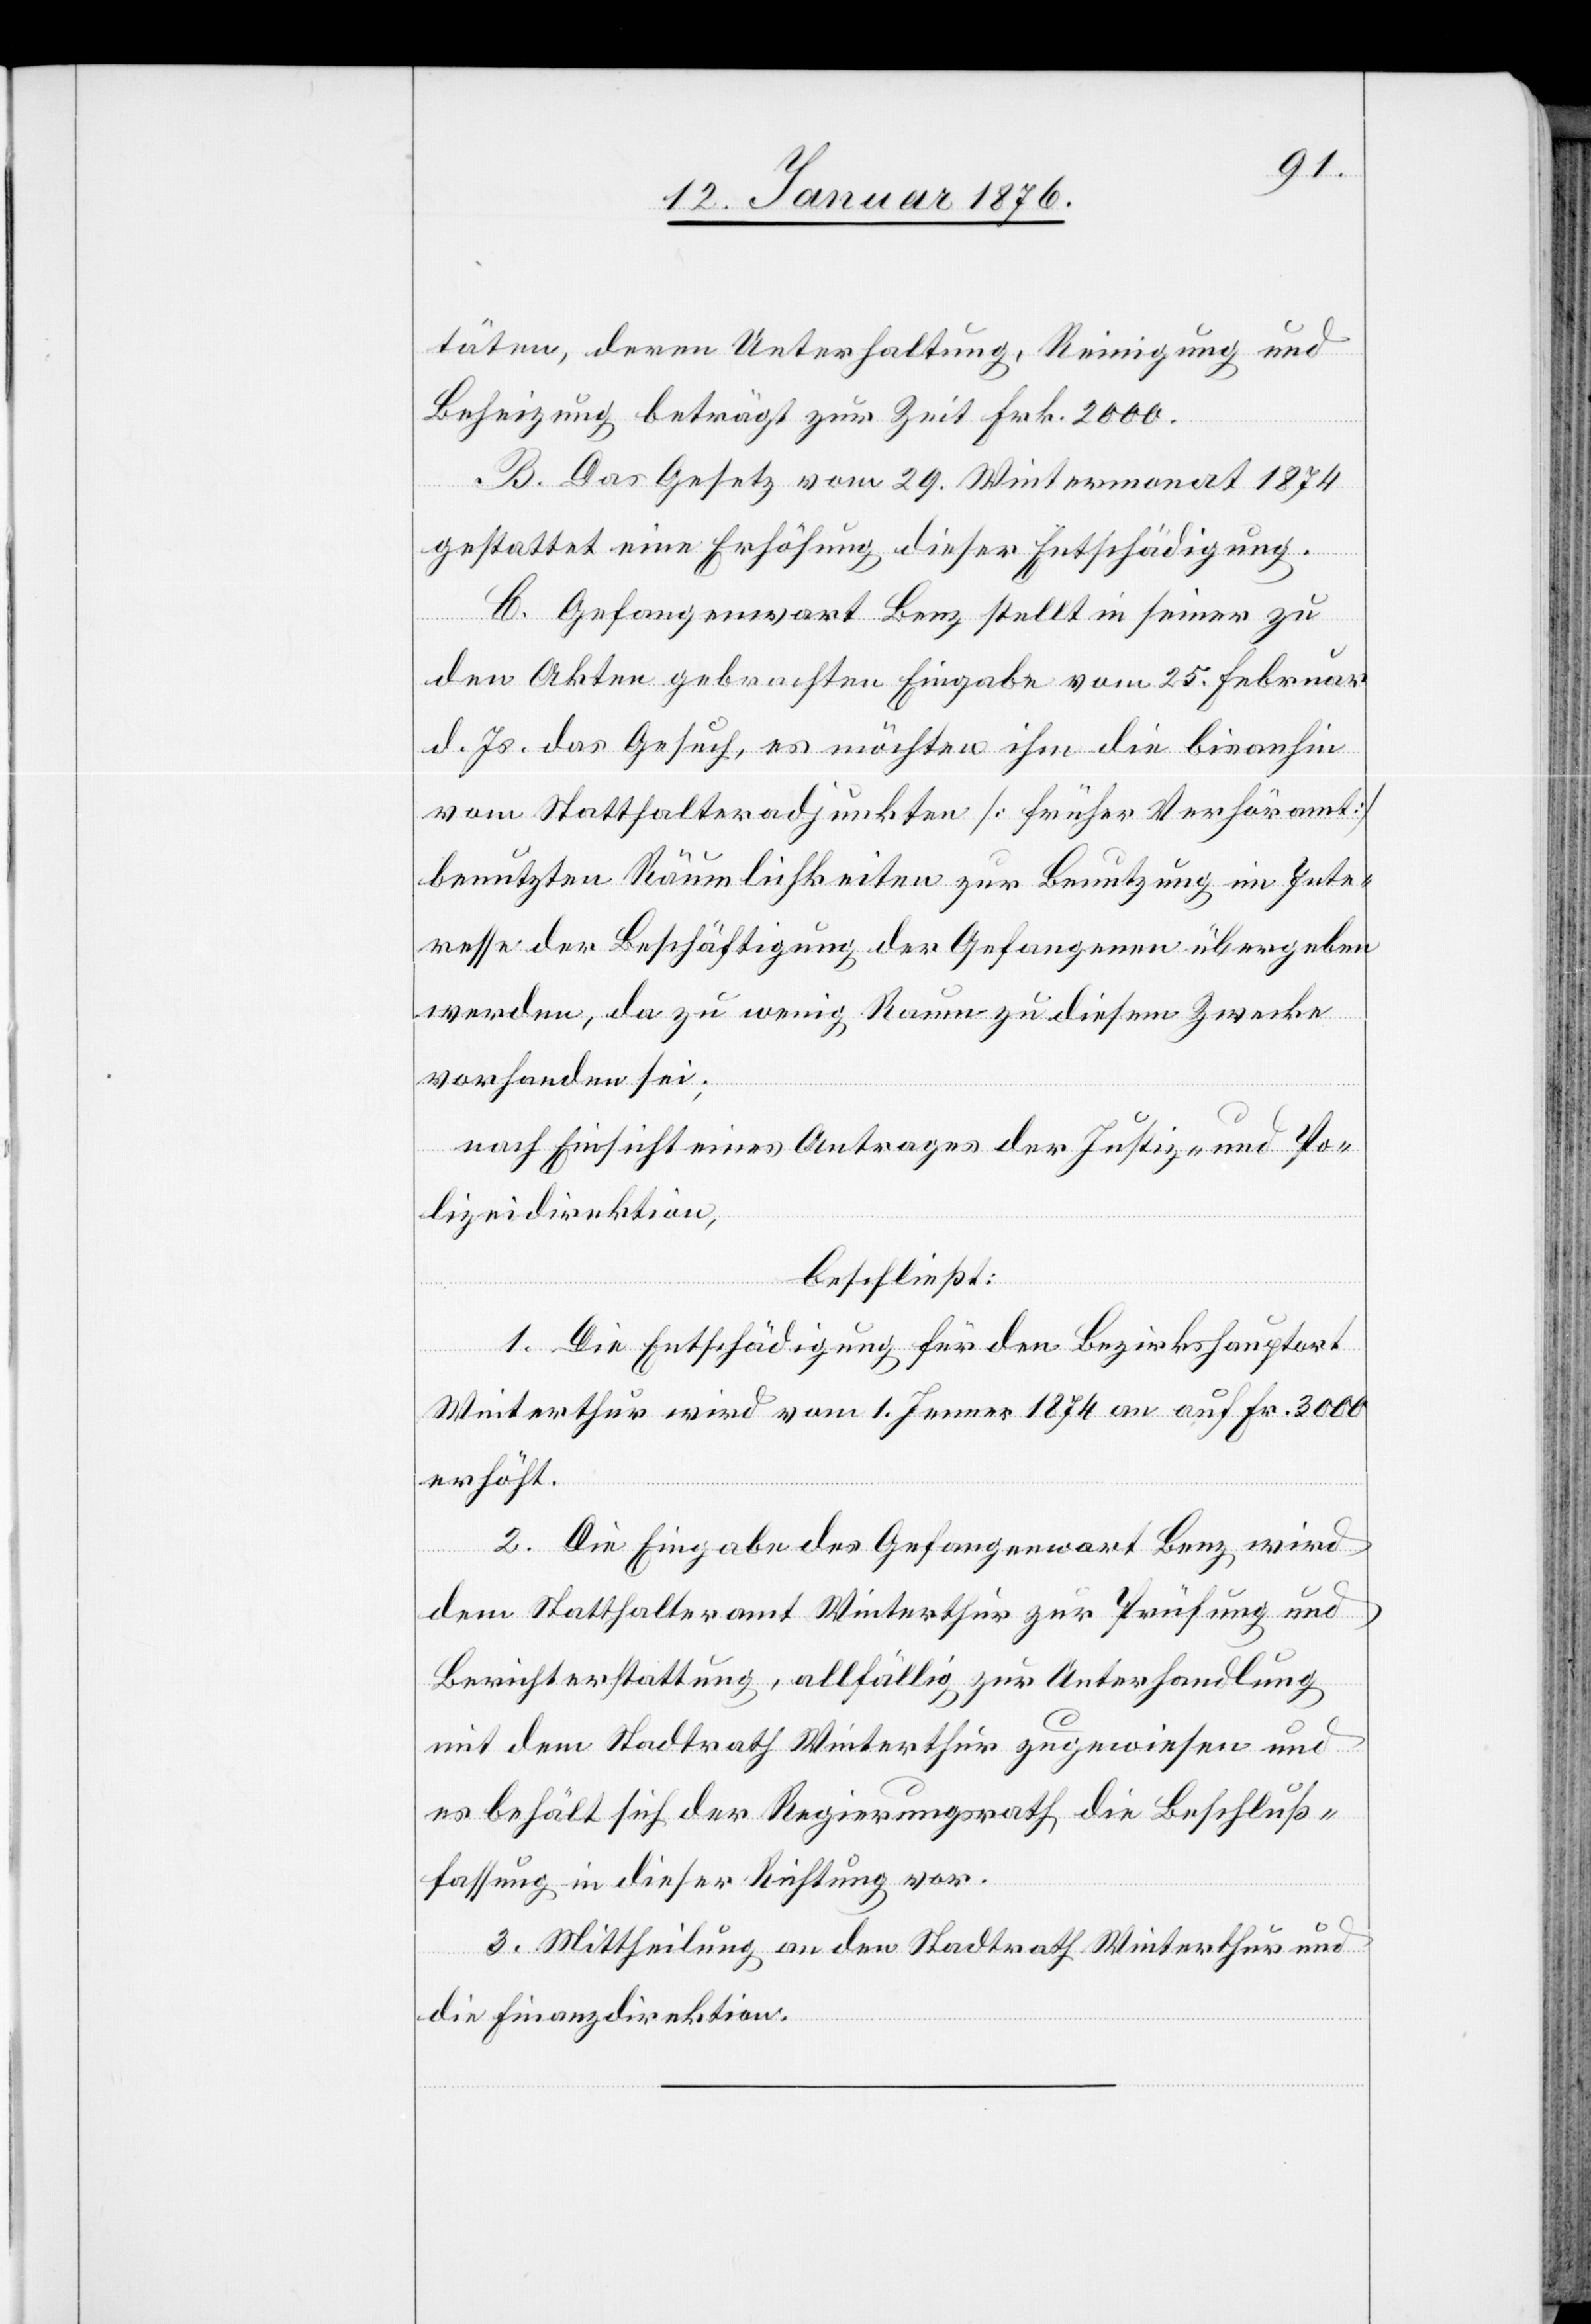
täten, deren Unterhaltung, Reinigung und
Beheizung beträgt zur Zeit Frk. 2000.
B. Das Gesetz vom 29. Wintermonat 1874
gestattet eine Erhöhung dieser Entschädigung.
C. Gefangenwart Benz stellt in seiner zu
den Akten gebrachten Eingabe vom 25. Februar
d. Js. das Gesuch, es möchten ihm die bis anhin
vom Statthalteradjunkten [früher Verhöramt]
benutzten Räumlichkeiten zur Benutzung im Inte¬
resse der Beschäftigung der Gefangenen übergeben
werden, da zu wenig Raum zu diesem Zwecke
vorhanden sei;
nach Einsicht eines Antrages der Justiz- und Po¬
lizeidirektion,
beschließt:
1. Die Entschädigung für den Bezirkshauptort
Winterthur wird vom 1. Jenner 1874 an auf Fr. 3000
erhöht.
2. Die Eingabe des Gefangenwart Benz wird
dem Statthalteramt Winterthur zur Prüfung und
Berichterstattung, allfällig zur Unterhandlung
mit dem Stadtrath Winterthur zugewiesen und
es behält sich der Regierungsrath die Beschluß¬
fassung in dieser Richtung vor.
3. Mittheilung an den Stadtrath Winterthur und
die Finanzdirektion.